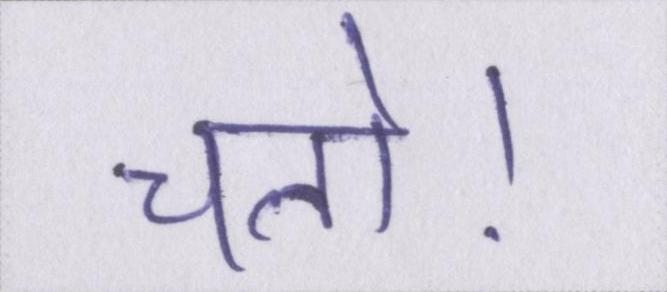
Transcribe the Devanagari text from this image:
चलो।